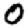
Digit: 0